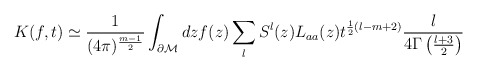
\begin{align*}K(f,t)\simeq\frac 1{(4\pi )^{\frac{m-1}2}} \int_{\partial {\cal M}}dz f(z) \sum\limits_l S^l(z)L_{aa}(z) t^{\frac 12 (l-m+2)}\frac{l}{4\Gamma \left( \frac{l+3}2 \right)} \end{align*}